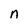
Character: n